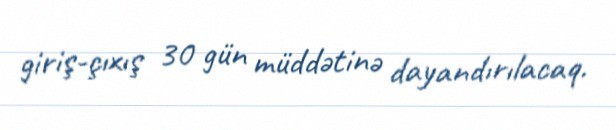
giriş-çıxış 30 gün müddətinə dayandırılacaq.